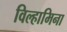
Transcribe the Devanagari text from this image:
विल्हामिना